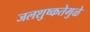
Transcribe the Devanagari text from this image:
जलशुष्कतेमुळे